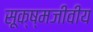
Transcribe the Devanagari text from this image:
सूक्ष्मजीवीय